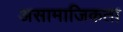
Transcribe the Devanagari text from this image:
असामाजिकता